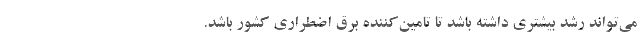
می‌تواند رشد بیشتری داشته باشد تا تامین‌کننده برق اضطراری کشور باشد.